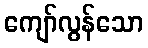
ကျော်လွန်သော